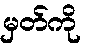
မှတ်ကို